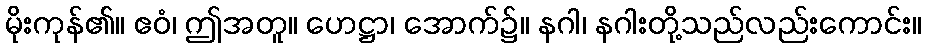
မိုးကုန်၏။ ဧဝံ၊ ဤအတူ။ ဟေဋ္ဌာ၊ အောက်၌။ နဂါ၊ နဂါးတို့သည်လည်းကောင်း။